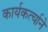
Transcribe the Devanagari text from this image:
कार्यकर्त्याने